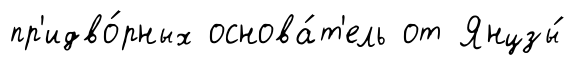
пр'идво́рных основа́т'ель от Янцзы́